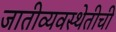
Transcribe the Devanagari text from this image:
जातीव्यवस्थेतीची